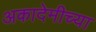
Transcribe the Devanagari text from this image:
अकादेमीच्या